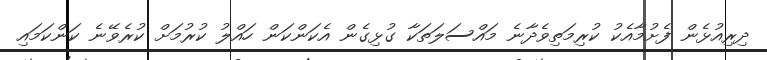
ދިރިއުޅެން ފެށުމާއެކު ކުރިމަތިވެދާނެ މައްސަލަތަކާ ގުޅިގެން އެކަންކަން ހައްލު ކުރުމަށް ކުރެވޭނެ ކަންކަމައި